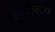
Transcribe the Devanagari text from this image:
हक्काबाबत